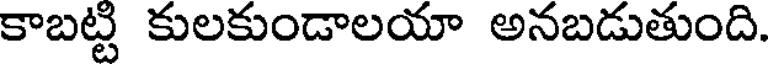
కాబట్టి కులకుండాలయా అనబడుతుంది.